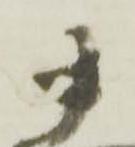
十